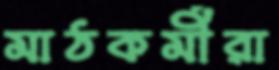
মাঠকর্মীরা